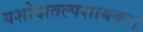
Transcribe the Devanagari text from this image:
यशोदातल्पशायकः।